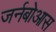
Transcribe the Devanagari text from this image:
जर्नबोआस